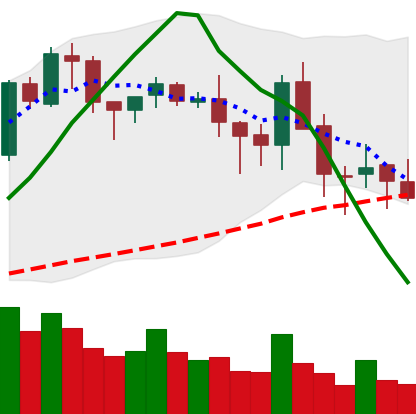
Ticker: BNB-USD
Chart end date: 2018-05-15
Forward return: 12.333%
Label: up_7plus